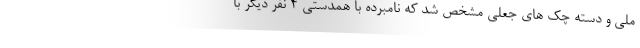
ملی و دسته چک های جعلی مشخص شد که نامبرده با همدستی ۴ نفر دیگر با